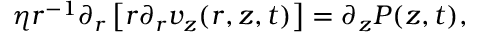
\eta r ^ { - 1 } \partial _ { r } \left[ r \partial _ { r } v _ { z } ( r , z , t ) \right] = \partial _ { z } P ( z , t ) ,